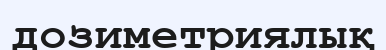
дозиметриялық